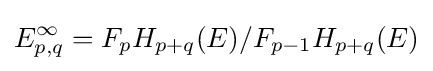
E_{p,q}^{\infty }=F_{p}H_{p+q}(E)/F_{p-1}H_{p+q}(E)